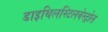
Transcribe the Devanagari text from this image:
डाइथिलस्टिलबेस्ट्रोल